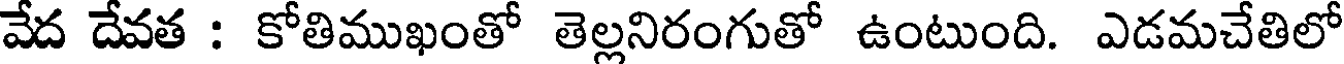
వేద దేవత : కోతిముఖంతో తెల్లనిరంగుతో ఉంటుంది. ఎడమచేతిలో